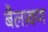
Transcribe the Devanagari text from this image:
बैलावण